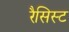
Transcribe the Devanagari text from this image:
रैसिस्ट